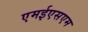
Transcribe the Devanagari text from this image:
एमईएसएम